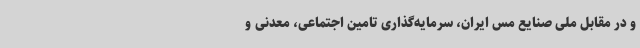
و در مقابل ملی صنایع مس ایران، سرمایه‌گذاری تامین اجتماعی، معدنی و